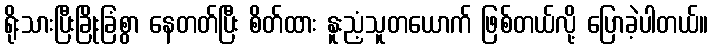
ရိုးသားပြီးခြိုးခြံစွာ နေတတ်ပြီး စိတ်ထား နူးညံ့သူတယောက် ဖြစ်တယ်လို့ ပြောခဲ့ပါတယ်။